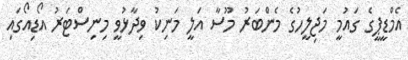
އެމްޑީޕީގެ ގައުމީ މަޖިލީހުގެ މެންބަރު މޫސާ އަލީ މަނިކު ވިދާޅުވީ މިނިސްޓަރު އޯޑިއޯގައި